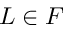
L \in F